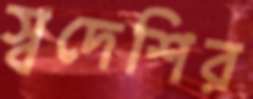
স্বদেশির